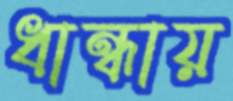
ধান্ধায়